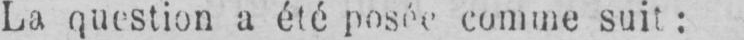
comme suit: